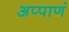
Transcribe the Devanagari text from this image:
अप्पाणं